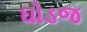
ઘોડજ